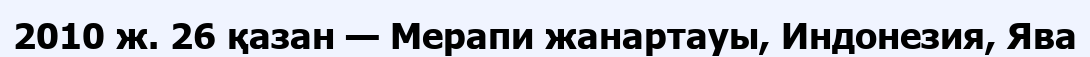
2010 ж. 26 қазан — Мерапи жанартауы, Индонезия, Ява